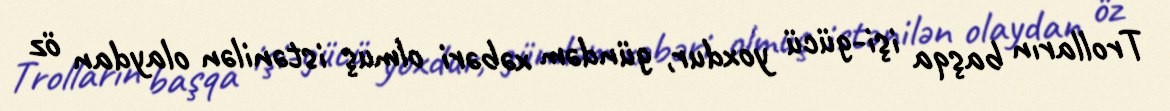
Trolların başqa işi-gücü yoxdur, gündəm xəbəri olmuş istənilən olaydan öz